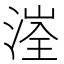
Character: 𰜤